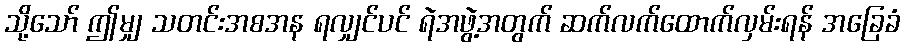
သို့သော် ဤမျှ သတင်းအစအန ရလျှင်ပင် ရဲအဖွဲ့အတွက် ဆက်လက်ထောက်လှမ်းရန် အခြေခံ